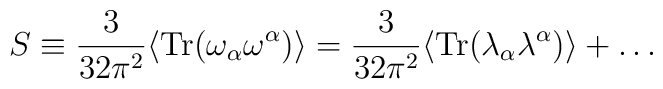
S \equiv \frac{3}{32 \pi^2} \langle {\rm Tr} (\omega_{\alpha} \omega^{\alpha}) \rangle  = \frac{3}{32 \pi^2}  \langle {\rm Tr} (\lambda_{\alpha} \lambda^{\alpha}) \rangle + \ldots